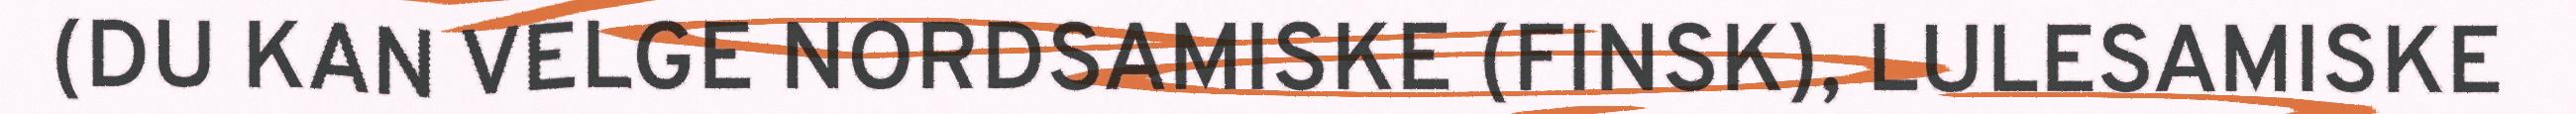
(DU KAN VELGE NORDSAMISKE (FINSK), LULESAMISKE